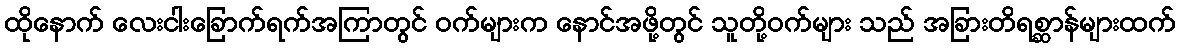
ထိုနောက် လေးငါးခြောက်ရက်အကြာတွင် ဝက်များက နောင်အဖို့တွင် သူတို့ဝက်များ သည် အခြားတိရစ္ဆာန်များထက်